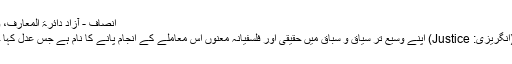
انصاف - آزاد دائرۃ المعارف، ویکیپیڈیا
انصاف (انگریزی: Justice) اپنے وسیع تر سیاق و سباق میں حقیقی اور فلسفیانہ معنوں اس معاملے کے انجام پانے کا نام ہے جس عدل کہا جاتا ہے۔